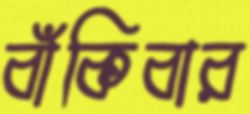
বাঁকিবার